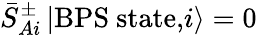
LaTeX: {\bar{S}}_{Ai}^{\pm}\, \vert\mathrm{BPS~state,}i\rangle=0